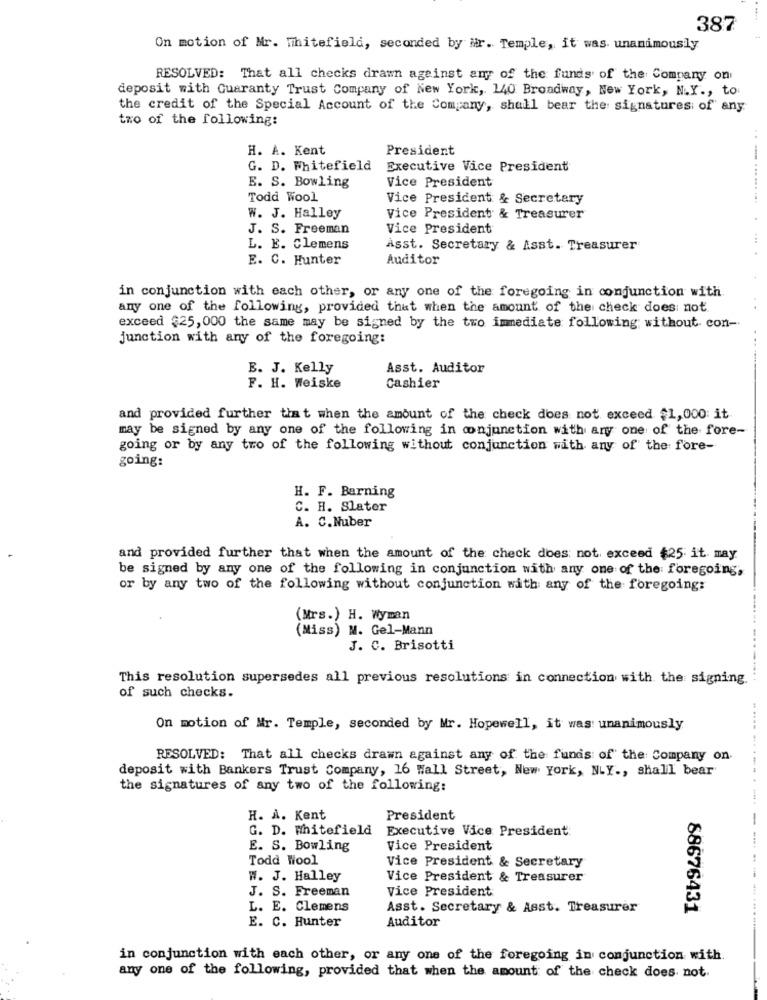
387
On motion of Mr. Whitefield, seconded by Mr. Temple, it was unanimously
RESOLVED: That all checks drawn against any of the funds of the Company on
deposit with Guaranty Trust Company of New York, 140 Broadway, New York, N.Y ., to.
the credit of the Special Account of the Company, shall bear the: signatures of any
tro of the following:
H. A. Kent
President
.-
G. D. Whitefield
Executive Vice President
Vice President
E. S. Bowling
Todd Wool
Vice President & Secretary
....... ...
W. J. Halley
Vice President & Treasurer
J. S. Freeman
Vice President
L. E. Clemens
Asst. Secretary & Asst. Treasurer
E. C. Hunter
Auditor
in conjunction with each other, or any one of the foregoing in conjunction with.
any one of the following, provided that when the amount of the check does not.
exceed $25,000 the same may be signed by the two immediate following without con-
junction with any of the foregoing:
E. J. Kelly
Asst. Auditor
F. H. Weiske
Cashier
and provided further that when the amount of the check does not exceed $1,000 it
may be signed by any one of the following in conjunction with any one of the fore-
going or by any tro of the following without conjunction with any of the fore-
going:
H. F. Barning
C. H. Slater
A. C.Nuber
and provided further that when the amount of the check does not exceed $25 it may.
be signed by any one of the following in conjunction with any one of the: foregoing,
or by any two of the following without conjunction with any of the foregoing:
(Mrs.) H. Wyman
(Miss) M. Gel-Mann
J. C. Brisotti
This resolution supersedes all previous resolutions in connection with the signing.
of such checks.
On motion of Mr. Temple, seconded by Mr. Hopewell, it was: unanimously
RESOLVED: That all checks drawn against any of the funds of the Company on
deposit with Bankers Trust Company, 16 Wall Street, New York, NLY ., shall bear
the signatures of any two of the following:
H. A. Kent
President
-
G. D. Whitefield
Executive Vice President:
E. S. Bowling
Vice President
Todd Wool
Vice President & Secretary
W. J. Halley
Vice President & Treasurer
J. S. Freeman
Vice President
L. E. Clemens
Asst. Secretary & Asst. Treasurer
88676431
E. C. Hunter
Auditor
in conjunction with each other, or any one of the foregoing in conjunction with.
any one of the following, provided that when the amount of the check does not.